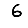
Digit: 6